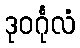
ဒုဝင်္ဂုလံ